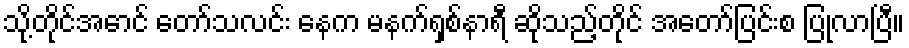
သို့တိုင်အောင် တော်သလင်း နေက မနက်ရှစ်နာရီ ဆိုသည့်တိုင် အတော်ပြင်းစ ပြုလာပြီ။